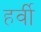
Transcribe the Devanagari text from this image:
हर्वी